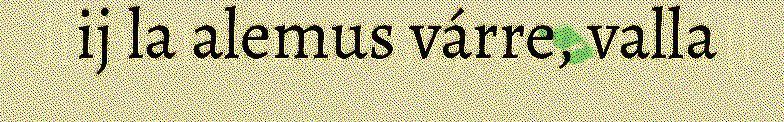
ij la alemus várre, valla